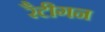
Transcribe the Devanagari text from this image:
रैटीगन